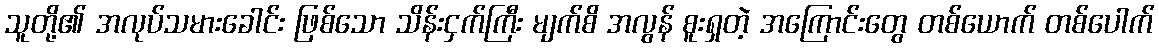
သူတို့၏ အလုပ်သမားခေါင်း ဖြစ်သော သိန်းငှက်ကြီး မျက်စိ အလွန် စူးရှတဲ့ အကြောင်းတွေ တစ်ယောက် တစ်ပေါက်